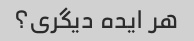
هر ایده دیگری؟